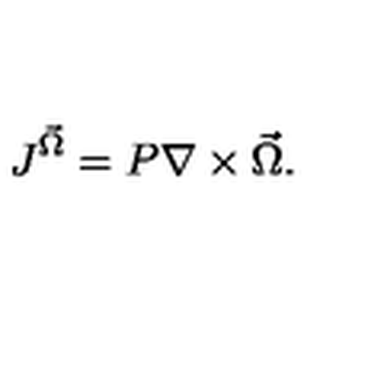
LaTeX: J ^ { \vec { \Omega } } = P \nabla \times \vec { \Omega } .